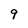
Character: 9